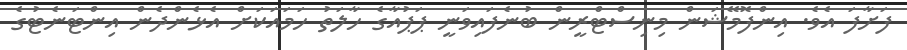
ފަށާފަ އެވެ. އިންފޮމޭޝަން މިނިސްޓްރީން ބުނެފައިވަނީ ޕަޕުއާގެ ހާލަތު ހަމައަކަށް އެޅެންދެން އިންޓަނެޓުގެ